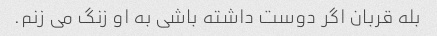
بله قربان اگر دوست داشته باشی به او زنگ می زنم.